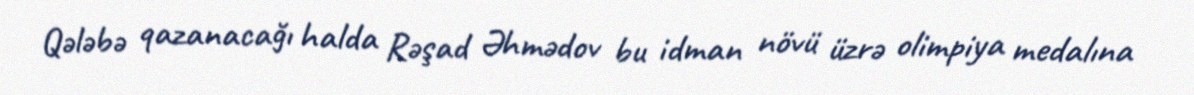
Qələbə qazanacağı halda Rəşad Əhmədov bu idman növü üzrə olimpiya medalına